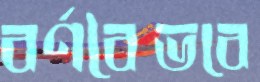
বর্ণবৈভবে